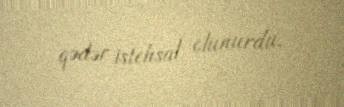
qədər istehsal olunurdu.